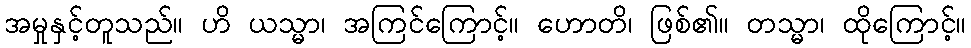
အမှုနှင့်တူသည်။ ဟိ ယသ္မာ၊ အကြင်ကြောင့်။ ဟောတိ၊ ဖြစ်၏။ တသ္မာ၊ ထိုကြောင့်။